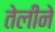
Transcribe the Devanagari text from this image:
तेलीने